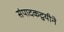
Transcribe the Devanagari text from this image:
संपादकद्वयीने